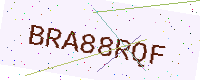
Text: BRA88RQF